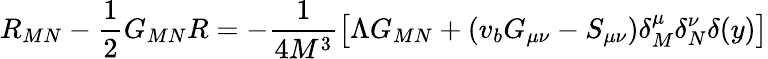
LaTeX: R_{MN}-\frac{1}{2}G_{MN}R=-\frac{1}{4M^{3}}\left[\Lambda G_{MN}+(v_{b}G_{\mu\nu}-S_{\mu\nu})\delta_{M}^{\mu}\delta_{N}^{\nu}\delta(y)\right]